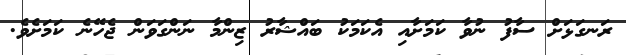
ރަނގަޅަށް ސާފު ނުވާ ކަމަށާއި އެކަމަކު ބައްޝާރު ޒިންމާ ނަންގަވަން ޖެހޭނެ ކަމަށެވެ.